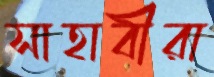
সাহাবীরা